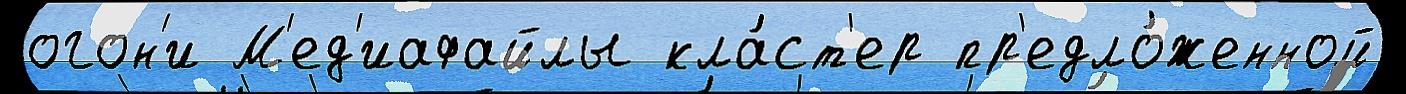
огон'и М'ед'иафайлы кла́ст'ер пр'едло́женной